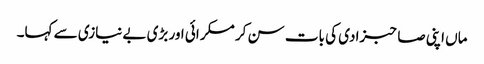
ماں اپنی صاحبزادی کی بات سن کر مسکرائی اور بڑی بے نیازی سے کہا۔